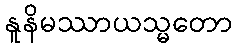
နူနိမဿာယသ္မတော